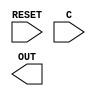
//-----------------------------------------------------------------------------
// BR64 - Bistable Ring PUF 64-bit 
//-----------------------------------------------------------------------------
// dump-vcd: False
// verilator-xinit: zeros
module BR64 
(
  input wire RESET,
  input wire [63:0] C,
  output wire OUT
);
  supply1 VDD;
  supply0 VSS;
  // empty module
  // see lib file
  
endmodule